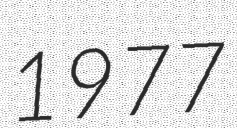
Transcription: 1977